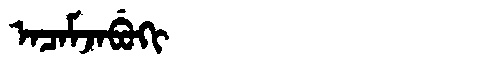
Manchu: ᠠᠴᠠᠮᠵᠠᠪᡠᡴᡳ
Romanization: ACAMJABUKI